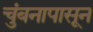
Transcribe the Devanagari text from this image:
चुंबनापासून